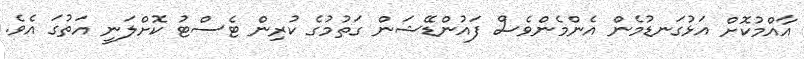
އާއްމުކޮށް އަޅުގަނޑުމެން އެންމެންވެސް ފައުންޑޭޝަން ގަތުމުގެ ކުރިން ޓެސްޓު ކޮށްލަނީ އަތުގަ އެވެ.